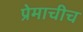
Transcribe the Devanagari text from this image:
प्रेमाचीच